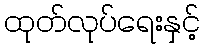
ထုတ်လုပ်ရေးနှင့်